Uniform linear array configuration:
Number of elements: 16
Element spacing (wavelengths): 0.5
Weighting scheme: exponential
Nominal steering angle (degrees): -60
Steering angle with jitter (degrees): -58.243
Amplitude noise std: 0.05
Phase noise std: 0.05

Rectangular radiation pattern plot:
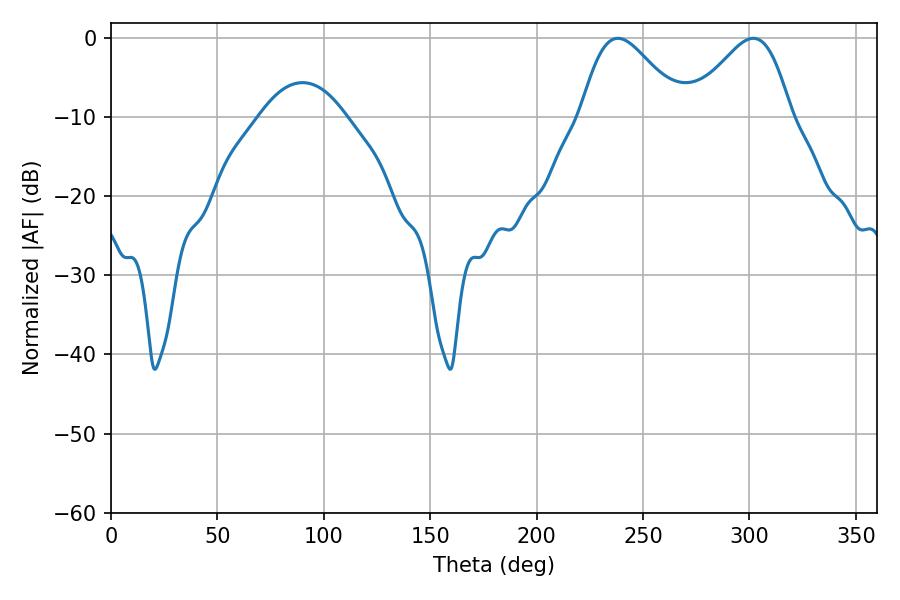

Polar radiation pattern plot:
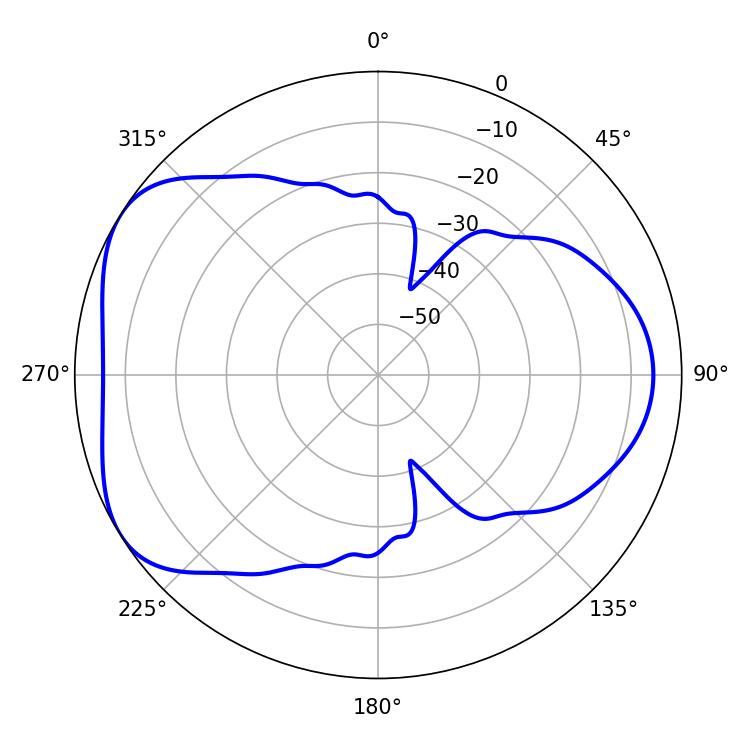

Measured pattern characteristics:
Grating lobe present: FALSE
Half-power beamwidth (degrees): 24.84
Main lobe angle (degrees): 238.14